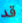
قد